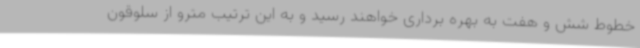
خطوط شش و هفت به بهره برداری خواهند رسید و به این ترتیب مترو از سلوقون